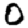
Digit: 0